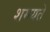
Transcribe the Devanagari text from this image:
शमयते